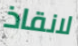
لانقاذ